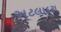
અટલાદરા